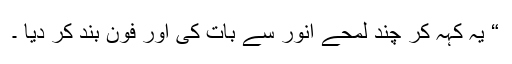
“ یہ کہہ کر چند لمحے انور سے بات کی اور فون بند کر دیا ۔